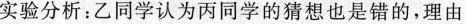
实验分析：乙同学认为丙同学的猜想也是错的，理由